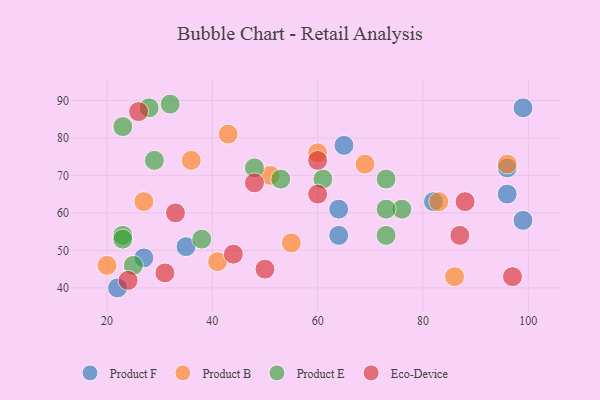
{"axis": {"x": "GDP", "y": "Life Expectancy"}, "legend": ["Eco-Device", "Product B", "Product E", "Product F"], "data": [{"x": "99", "y": 88, "type": "Product F"}, {"x": "65", "y": 78, "type": "Product F"}, {"x": "82", "y": 63, "type": "Product F"}, {"x": "35", "y": 51, "type": "Product F"}, {"x": "27", "y": 48, "type": "Product F"}, {"x": "64", "y": 54, "type": "Product F"}, {"x": "96", "y": 72, "type": "Product F"}, {"x": "99", "y": 58, "type": "Product F"}, {"x": "22", "y": 40, "type": "Product F"}, {"x": "64", "y": 61, "type": "Product F"}, {"x": "96", "y": 65, "type": "Product F"}, {"x": "60", "y": 76, "type": "Product B"}, {"x": "69", "y": 73, "type": "Product B"}, {"x": "41", "y": 47, "type": "Product B"}, {"x": "83", "y": 63, "type": "Product B"}, {"x": "96", "y": 73, "type": "Product B"}, {"x": "43", "y": 81, "type": "Product B"}, {"x": "36", "y": 74, "type": "Product B"}, {"x": "86", "y": 43, "type": "Product B"}, {"x": "20", "y": 46, "type": "Product B"}, {"x": "55", "y": 52, "type": "Product B"}, {"x": "51", "y": 70, "type": "Product B"}, {"x": "27", "y": 63, "type": "Product B"}, {"x": "23", "y": 83, "type": "Product E"}, {"x": "29", "y": 74, "type": "Product E"}, {"x": "48", "y": 72, "type": "Product E"}, {"x": "73", "y": 54, "type": "Product E"}, {"x": "76", "y": 61, "type": "Product E"}, {"x": "23", "y": 54, "type": "Product E"}, {"x": "25", "y": 46, "type": "Product E"}, {"x": "28", "y": 88, "type": "Product E"}, {"x": "38", "y": 53, "type": "Product E"}, {"x": "73", "y": 61, "type": "Product E"}, {"x": "32", "y": 89, "type": "Product E"}, {"x": "53", "y": 69, "type": "Product E"}, {"x": "23", "y": 53, "type": "Product E"}, {"x": "61", "y": 69, "type": "Product E"}, {"x": "73", "y": 69, "type": "Product E"}, {"x": "87", "y": 54, "type": "Eco-Device"}, {"x": "24", "y": 42, "type": "Eco-Device"}, {"x": "97", "y": 43, "type": "Eco-Device"}, {"x": "60", "y": 65, "type": "Eco-Device"}, {"x": "50", "y": 45, "type": "Eco-Device"}, {"x": "26", "y": 87, "type": "Eco-Device"}, {"x": "60", "y": 74, "type": "Eco-Device"}, {"x": "31", "y": 44, "type": "Eco-Device"}, {"x": "33", "y": 60, "type": "Eco-Device"}, {"x": "44", "y": 49, "type": "Eco-Device"}, {"x": "48", "y": 68, "type": "Eco-Device"}, {"x": "88", "y": 63, "type": "Eco-Device"}]}